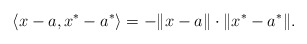
\begin{align*}\langle x-a, x^*-a^*\rangle=-\|x-a\|\cdot\|x^*-a^*\|.\end{align*}